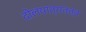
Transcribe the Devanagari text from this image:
दोलयात्रातत्व